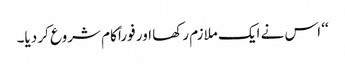
‘‘ اس نے ایک ملازم رکھا اور فوراً کام شروع کر دیا۔